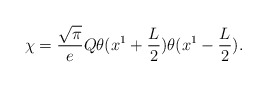
\begin{align*}\chi={\sqrt\pi\over e}Q\theta(x^1 +{L\over 2})\theta(x^1-{L\over 2}).\end{align*}